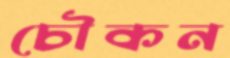
চৌকন